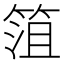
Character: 䈌